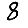
Digit: 8